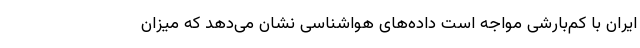
ایران با کم‌بارشی مواجه است داده‌های هواشناسی نشان می‌دهد که میزان